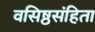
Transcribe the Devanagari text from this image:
वसिष्ठसंहिता